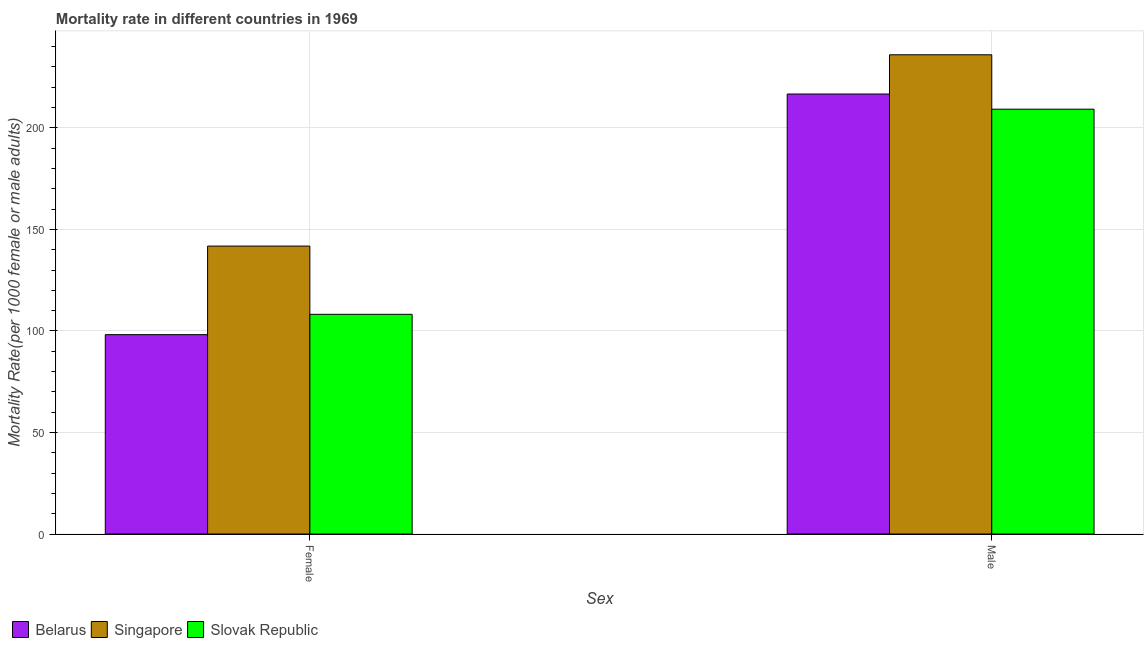
| Sex | Belarus | Singapore | Slovak Republic |
 | --- | --- | --- | --- |
 | Female | 98.2 | 142 | 108 |
 | Male | 217 | 236 | 209 |